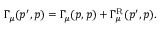
\begin{array} { r } { \Gamma _ { \mu } ( p ^ { \prime } , p ) = \Gamma _ { \mu } ( p , p ) + \Gamma _ { \mu } ^ { \mathrm { R } } ( p ^ { \prime } , p ) . } \end{array}